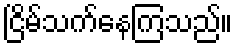
ငြိမ်သက်နေကြသည်။